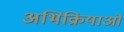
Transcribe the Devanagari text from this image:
अभिक्रियाओ